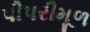
પીપરીમૂળ